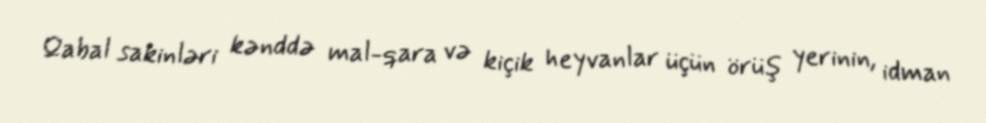
Qabal sakinləri kənddə mal-qara və kiçik heyvanlar üçün örüş yerinin, idman